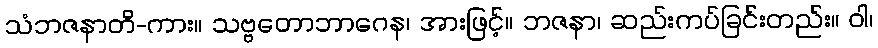
သံဘဇနာတိ-ကား။ သဗ္ဗတောဘာဂေန၊ အားဖြင့်။ ဘဇနာ၊ ဆည်းကပ်ခြင်းတည်း။ ဝါ၊